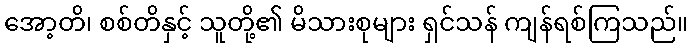
အော့တိ၊ စစ်တိနှင့် သူတို့၏ မိသားစုများ ရှင်သန် ကျန်ရစ်ကြသည်။